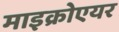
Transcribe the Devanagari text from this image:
माइक्रोएयर